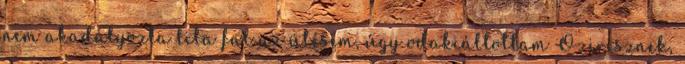
nem akadályozta lila fal az ütésem, úgy odakiáltottam Ozirisznek,